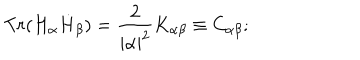
LaTeX: T r ( H _ { \alpha } \dot { H } _ { \beta } ) = { \frac { 2 } { { \mid \alpha \mid } ^ { 2 } } } K _ { \alpha \beta } \equiv C _ { \alpha \beta } ;